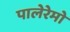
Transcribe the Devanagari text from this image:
पालेरेमो